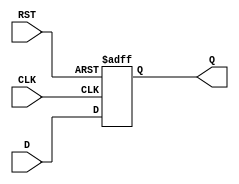
module synchronous_register (
    input wire D,      // Data input
    input wire CLK,    // Clock input
    input wire RST,    // Asynchronous reset input
    output reg Q       // Data output
);

// Always block triggered by the rising edge of CLK or the asynchronous RST
always @(posedge CLK or posedge RST) begin
    if (RST) begin
        Q <= 1'b0;    // Clear the register output to 0 when reset is asserted
    end else begin
        Q <= D;       // Update the register output with the data input
    end
end

endmodule